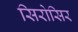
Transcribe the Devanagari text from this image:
सिरोसिर